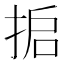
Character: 𰓸